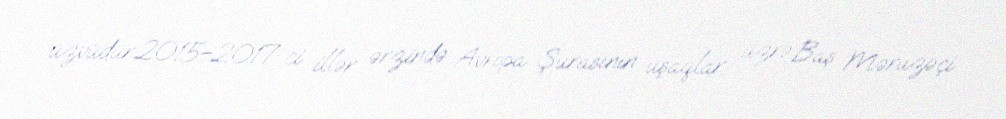
üzvüdür.2015–2017-ci illər ərzində Avropa Şurasının uşaqlar üzrə Baş Məruzəçi